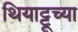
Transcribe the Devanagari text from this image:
थियाट्टूच्या